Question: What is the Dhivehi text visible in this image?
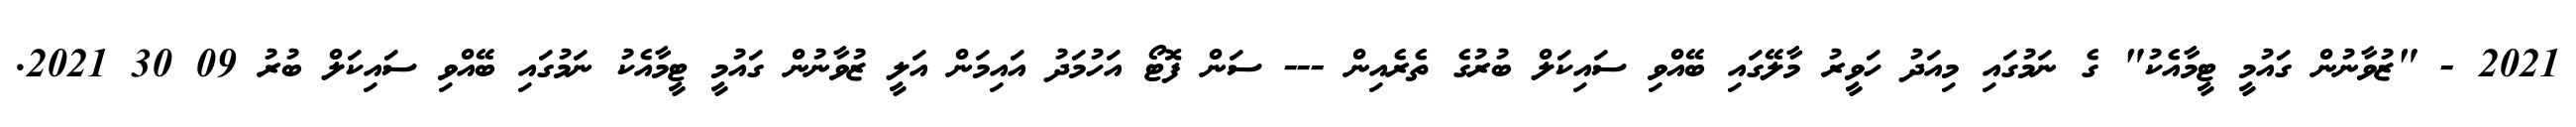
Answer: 2021 - "ޒުވާނުން ގައުމީ ޓީމާއެކު" ގެ ނަމުގައި މިއަދު ހަވީރު މާލޭގައި ބޭއްވި ސައިކަލް ބުރުގެ ތެރެއިން --- ސަން ފޮޓޯ އަހުމަދު އައިމަން އަލީ ޒުވާނުން ގައުމީ ޓީމާއެކު ނަމުގައި ބޭއްވި ސައިކަލް ބުރު 09 30 2021.